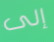
إلى